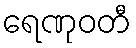
ရေဏုဝတီ